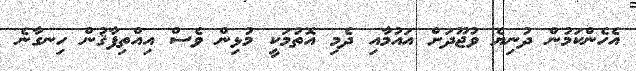
އެހެންކަމުން ދުނިޔެ ވުޖޫދަށް އައުމާއި ދެމި އޮތުމަކީ މުޅިން ވެސް އިއްތިފާޤުން ހިނގާނެ